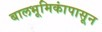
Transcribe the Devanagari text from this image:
बालभूमिकांपासून